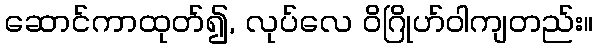
ဆောင်ကာထုတ်၍, လုပ်လေ ဝိဂြိုဟ်ဝါကျတည်း။